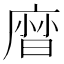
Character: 𢊓